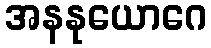
အနနုယောဂေ